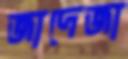
জাদেজা